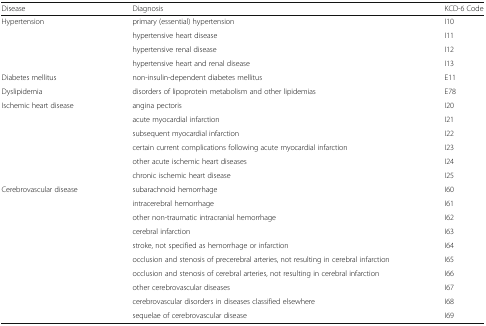
<table><thead><tr><td><b>Disease</b></td><td><b>Diagnosis</b></td><td><b>KCD-6 Code</b></td></tr></thead><tbody><tr><td rowspan="4">Hypertension</td><td>primary (essential) hypertension</td><td>I10</td></tr><tr><td>hypertensive heart disease</td><td>I11</td></tr><tr><td>hypertensive renal disease</td><td>I12</td></tr><tr><td>hypertensive heart and renal disease</td><td>I13</td></tr><tr><td>Diabetes mellitus</td><td>non-insulin-dependent diabetes mellitus</td><td>E11</td></tr><tr><td>Dyslipidemia</td><td>disorders of lipoprotein metabolism and other lipidemias</td><td>E78</td></tr><tr><td rowspan="6">Ischemic heart disease</td><td>angina pectoris</td><td>I20</td></tr><tr><td>acute myocardial infarction</td><td>I21</td></tr><tr><td>subsequent myocardial infarction</td><td>I22</td></tr><tr><td>certain current complications following acute myocardial infarction</td><td>I23</td></tr><tr><td>other acute ischemic heart diseases</td><td>I24</td></tr><tr><td>chronic ischemic heart disease</td><td>I25</td></tr><tr><td rowspan="10">Cerebrovascular disease</td><td>subarachnoid hemorrhage</td><td>I60</td></tr><tr><td>intracerebral hemorrhage</td><td>I61</td></tr><tr><td>other non-traumatic intracranial hemorrhage</td><td>I62</td></tr><tr><td>cerebral infarction</td><td>I63</td></tr><tr><td>stroke, not specified as hemorrhage or infarction</td><td>I64</td></tr><tr><td>occlusion and stenosis of precerebral arteries, not resulting in cerebral infarction</td><td>I65</td></tr><tr><td>occlusion and stenosis of cerebral arteries, not resulting in cerebral infarction</td><td>I66</td></tr><tr><td>other cerebrovascular diseases</td><td>I67</td></tr><tr><td>cerebrovascular disorders in diseases classified elsewhere</td><td>I68</td></tr><tr><td>sequelae of cerebrovascular disease</td><td>I69</td></tr></tbody></table>